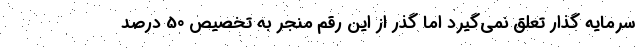
سرمایه گذار تعلق نمی‌گیرد اما گذر از این رقم منجر به تخصیص 50 درصد